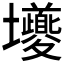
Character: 𭐎